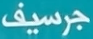
جرسيف